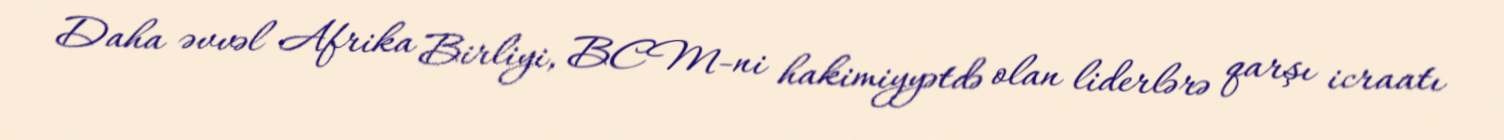
Daha əvvəl Afrika Birliyi, BCM-ni hakimiyyətdə olan liderlərə qarşı icraatı